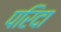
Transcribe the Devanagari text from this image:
परिदा